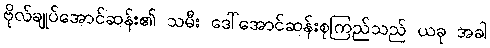
ဗိုလ်ချုပ်အောင်ဆန်း၏ သမီး ဒေါ်အောင်ဆန်းစုကြည်သည် ယခု အခါ